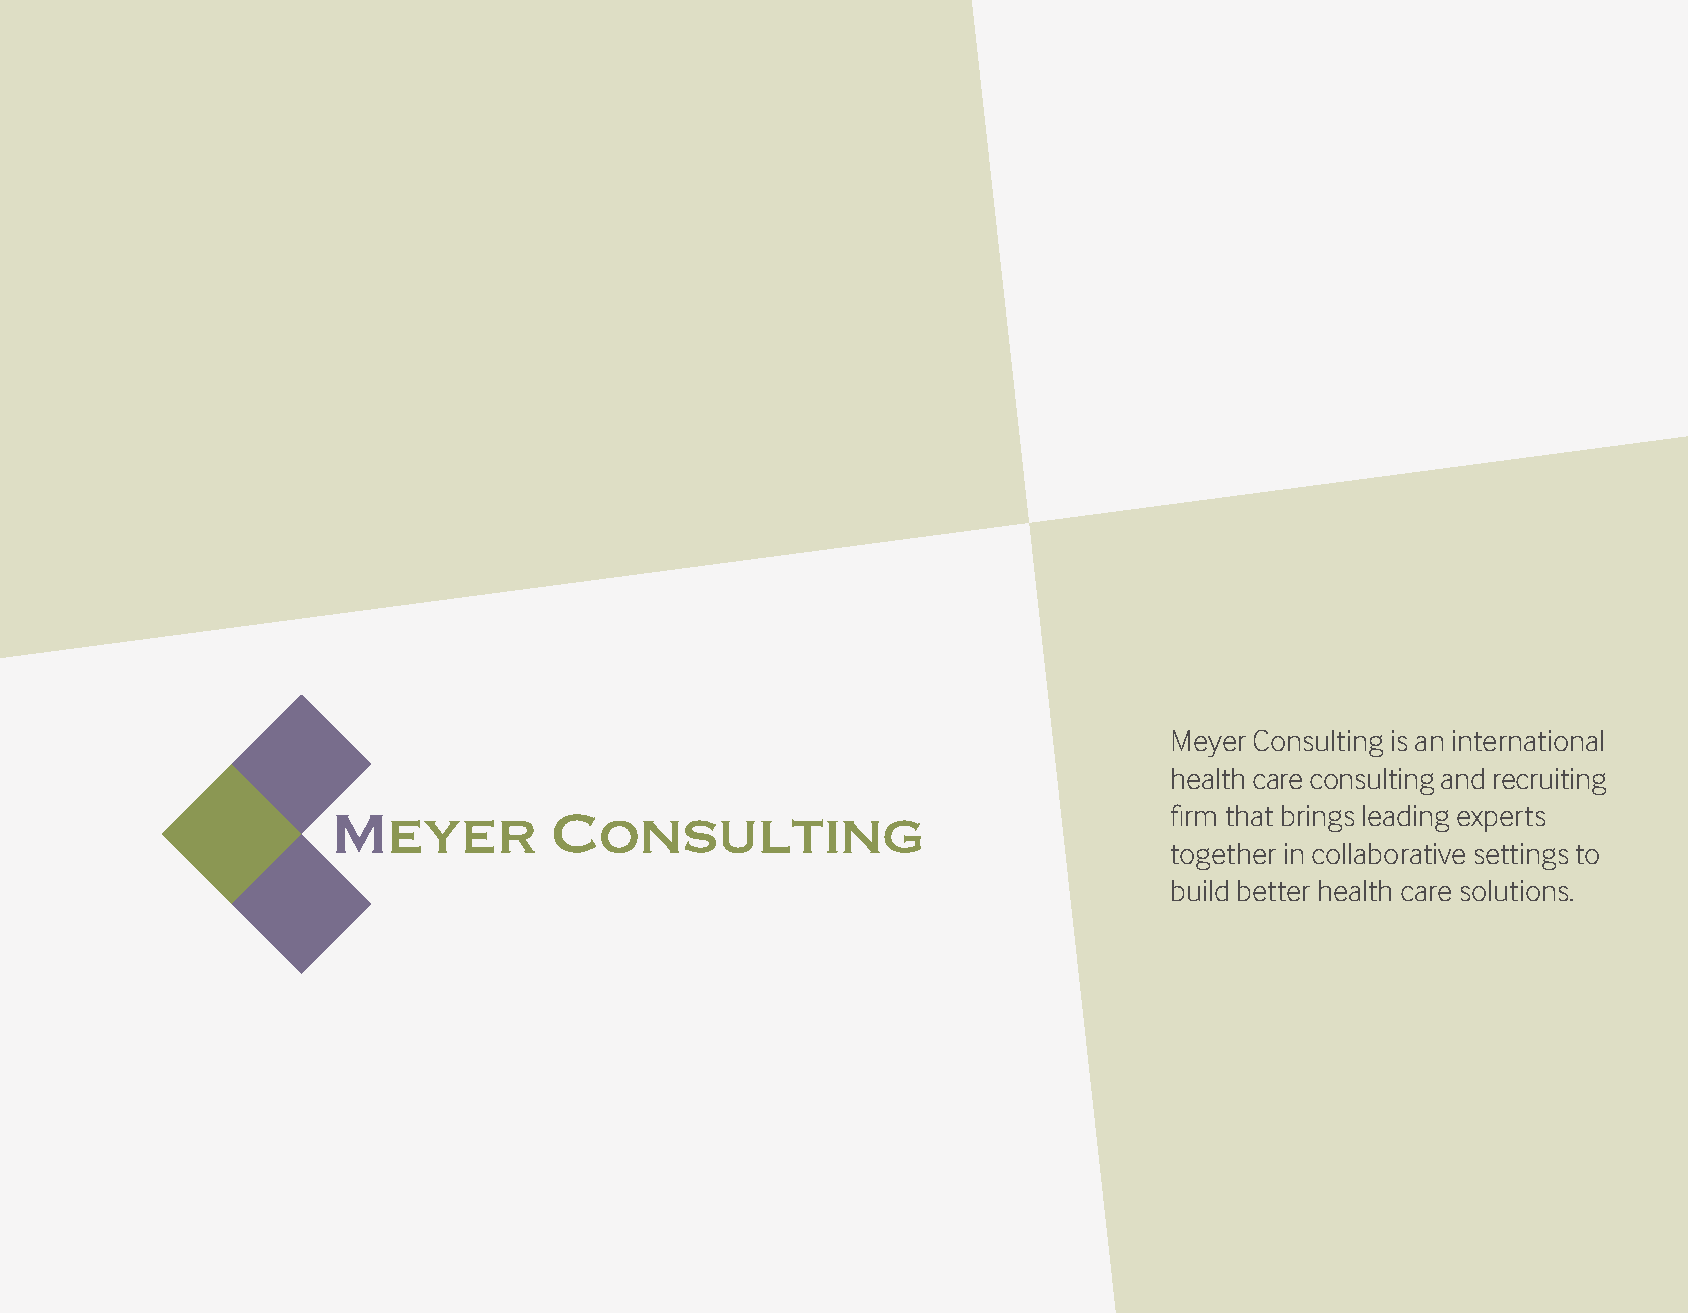
Meyer Consulting is an international
 health care consulting and recruiting
 firm that brings leading experts
 together in collaborative settings to
 build better health care solutions.